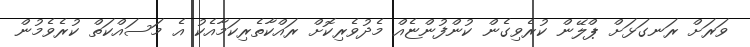
ވަރަށް ރަނގަޅަށް ޕްލޭން ކުރެވިގެން ކުންފުންޏެއް މެދުވެރިކޮށް ރައްކާތެރިކަމާއެކު އެ މަސައްކަތް ކުރެވެމުން